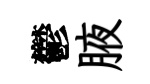
鬱腋